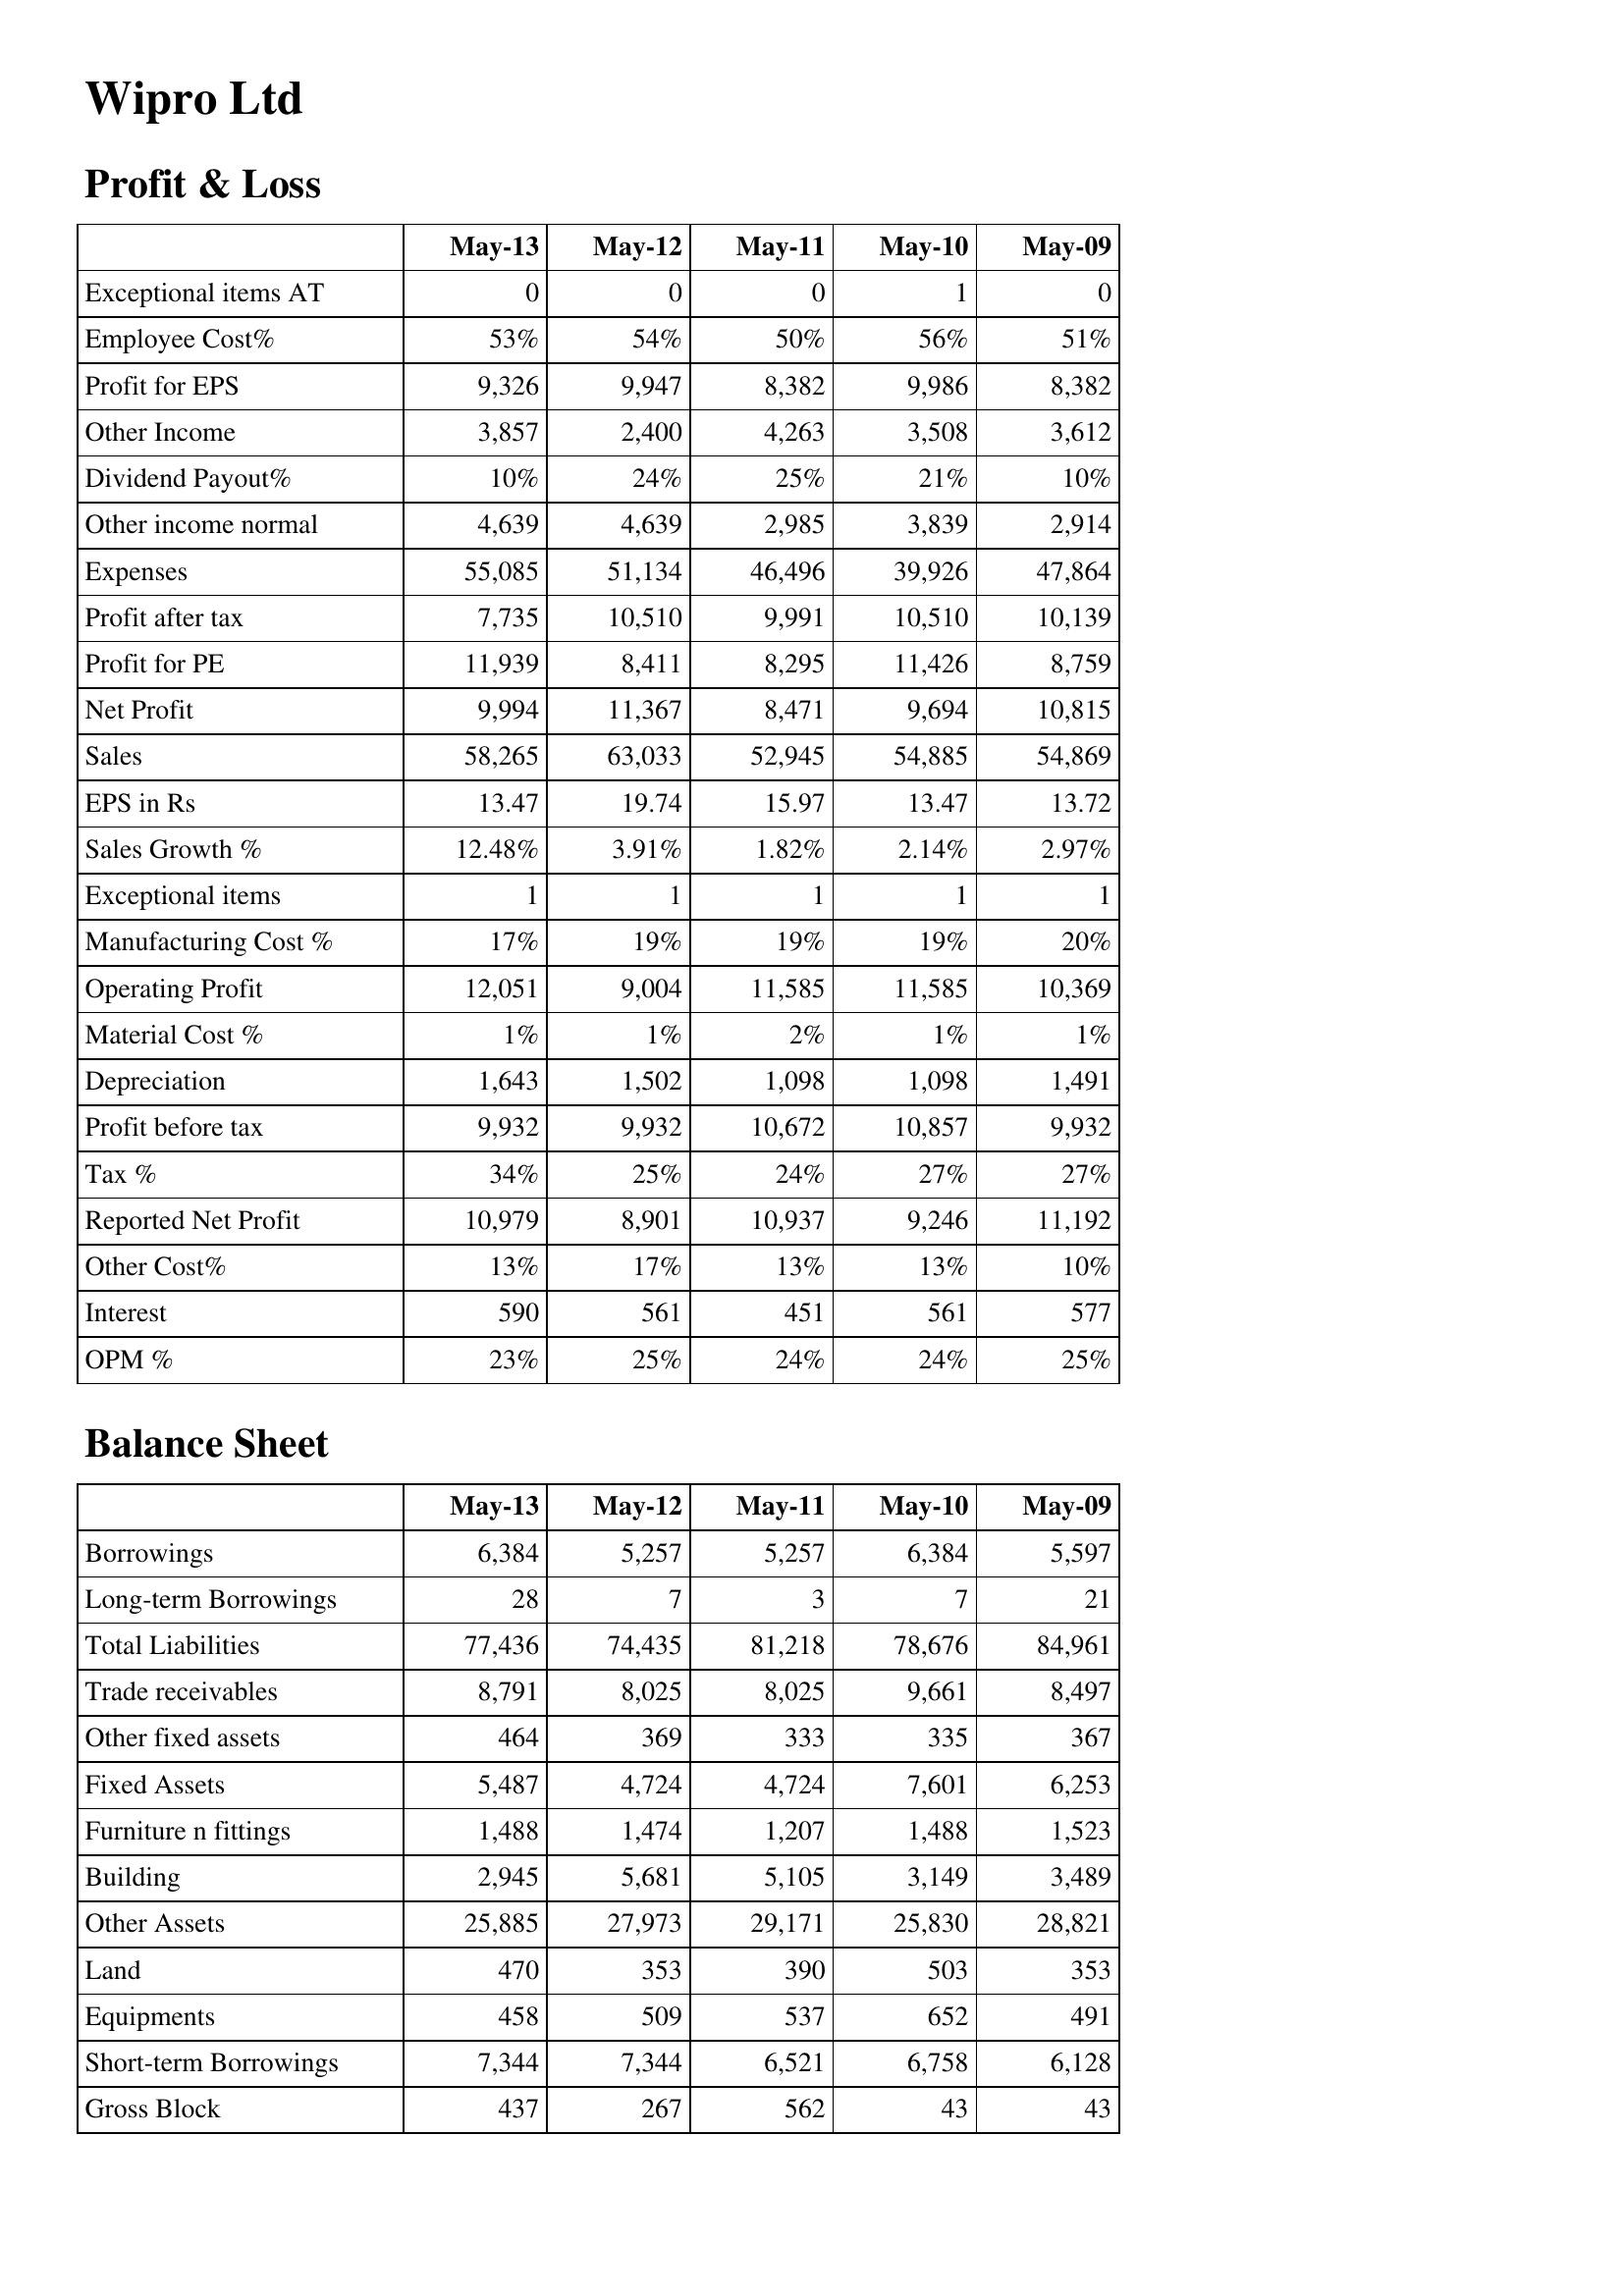
May-13: Profit & Loss: Exceptional items AT: 0
Employee Cost%: 53%
Profit for EPS: 9,326
Other Income: 3,857
Dividend Payout%: 10%
Other income normal: 4,639
Expenses: 55,085
Profit after tax: 7,735
Profit for PE: 11,939
Net Profit: 9,994
Sales: 58,265
EPS in Rs: 13.47
Sales Growth %: 12.48%
Exceptional items: 1
Manufacturing Cost %: 17%
Operating Profit: 12,051
Material Cost %: 1%
Depreciation: 1,643
Profit before tax: 9,932
Tax %: 34%
Reported Net Profit: 10,979
Other Cost%: 13%
Interest: 590
OPM %: 23%
Balance Sheet: Borrowings: 6,384
Long-term Borrowings: 28
Total Liabilities: 77,436
Trade receivables: 8,791
Other fixed assets: 464
Fixed Assets: 5,487
Furniture n fittings: 1,488
Building: 2,945
Other Assets: 25,885
Land: 470
Equipments: 458
Short-term Borrowings: 7,344
Gross Block: 437
May-12: Profit & Loss: Exceptional items AT: 0
Employee Cost%: 54%
Profit for EPS: 9,947
Other Income: 2,400
Dividend Payout%: 24%
Other income normal: 4,639
Expenses: 51,134
Profit after tax: 10,510
Profit for PE: 8,411
Net Profit: 11,367
Sales: 63,033
EPS in Rs: 19.74
Sales Growth %: 3.91%
Exceptional items: 1
Manufacturing Cost %: 19%
Operating Profit: 9,004
Material Cost %: 1%
Depreciation: 1,502
Profit before tax: 9,932
Tax %: 25%
Reported Net Profit: 8,901
Other Cost%: 17%
Interest: 561
OPM %: 25%
Balance Sheet: Borrowings: 5,257
Long-term Borrowings: 7
Total Liabilities: 74,435
Trade receivables: 8,025
Other fixed assets: 369
Fixed Assets: 4,724
Furniture n fittings: 1,474
Building: 5,681
Other Assets: 27,973
Land: 353
Equipments: 509
Short-term Borrowings: 7,344
Gross Block: 267
May-11: Profit & Loss: Exceptional items AT: 0
Employee Cost%: 50%
Profit for EPS: 8,382
Other Income: 4,263
Dividend Payout%: 25%
Other income normal: 2,985
Expenses: 46,496
Profit after tax: 9,991
Profit for PE: 8,295
Net Profit: 8,471
Sales: 52,945
EPS in Rs: 15.97
Sales Growth %: 1.82%
Exceptional items: 1
Manufacturing Cost %: 19%
Operating Profit: 11,585
Material Cost %: 2%
Depreciation: 1,098
Profit before tax: 10,672
Tax %: 24%
Reported Net Profit: 10,937
Other Cost%: 13%
Interest: 451
OPM %: 24%
Balance Sheet: Borrowings: 5,257
Long-term Borrowings: 3
Total Liabilities: 81,218
Trade receivables: 8,025
Other fixed assets: 333
Fixed Assets: 4,724
Furniture n fittings: 1,207
Building: 5,105
Other Assets: 29,171
Land: 390
Equipments: 537
Short-term Borrowings: 6,521
Gross Block: 562
May-10: Profit & Loss: Exceptional items AT: 1
Employee Cost%: 56%
Profit for EPS: 9,986
Other Income: 3,508
Dividend Payout%: 21%
Other income normal: 3,839
Expenses: 39,926
Profit after tax: 10,510
Profit for PE: 11,426
Net Profit: 9,694
Sales: 54,885
EPS in Rs: 13.47
Sales Growth %: 2.14%
Exceptional items: 1
Manufacturing Cost %: 19%
Operating Profit: 11,585
Material Cost %: 1%
Depreciation: 1,098
Profit before tax: 10,857
Tax %: 27%
Reported Net Profit: 9,246
Other Cost%: 13%
Interest: 561
OPM %: 24%
Balance Sheet: Borrowings: 6,384
Long-term Borrowings: 7
Total Liabilities: 78,676
Trade receivables: 9,661
Other fixed assets: 335
Fixed Assets: 7,601
Furniture n fittings: 1,488
Building: 3,149
Other Assets: 25,830
Land: 503
Equipments: 652
Short-term Borrowings: 6,758
Gross Block: 43
May-09: Profit & Loss: Exceptional items AT: 0
Employee Cost%: 51%
Profit for EPS: 8,382
Other Income: 3,612
Dividend Payout%: 10%
Other income normal: 2,914
Expenses: 47,864
Profit after tax: 10,139
Profit for PE: 8,759
Net Profit: 10,815
Sales: 54,869
EPS in Rs: 13.72
Sales Growth %: 2.97%
Exceptional items: 1
Manufacturing Cost %: 20%
Operating Profit: 10,369
Material Cost %: 1%
Depreciation: 1,491
Profit before tax: 9,932
Tax %: 27%
Reported Net Profit: 11,192
Other Cost%: 10%
Interest: 577
OPM %: 25%
Balance Sheet: Borrowings: 5,597
Long-term Borrowings: 21
Total Liabilities: 84,961
Trade receivables: 8,497
Other fixed assets: 367
Fixed Assets: 6,253
Furniture n fittings: 1,523
Building: 3,489
Other Assets: 28,821
Land: 353
Equipments: 491
Short-term Borrowings: 6,128
Gross Block: 43